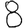
Digit: 8